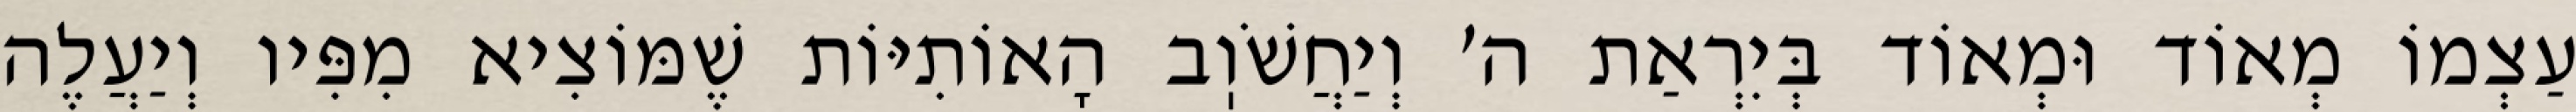
עַצְמוֹ מְאוֹד וּמְאוֹד בְּיִרְאַת ה׳ וְיַחֲשֹׁוֽב הָאוֹתִיּוֹת שֶׁמּוֹצִיא מִפִּיו וְיַעֲלֶה